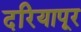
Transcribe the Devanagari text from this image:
दरियापूर